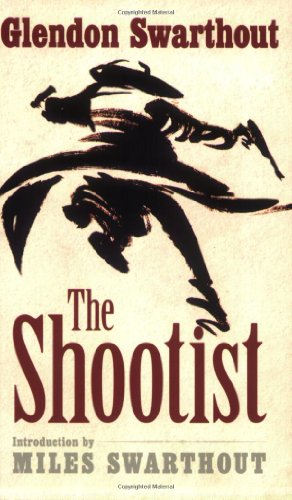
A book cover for The Shootist; Glendon Swarthout; Literature & Fiction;